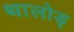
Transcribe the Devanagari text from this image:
थालोड्